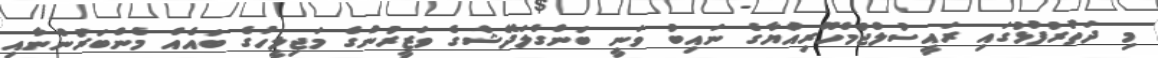
މި ދަތުރުފުޅުގައި ރައީސުލްޖުމްހޫރިއްޔާގެ ނައިބު ވަނީ ބަންގްލަދޭޝްގެ ވަޒީރުންގެ މަޖިލީހުގެ ބައެއް މެންބަރުންނާއި